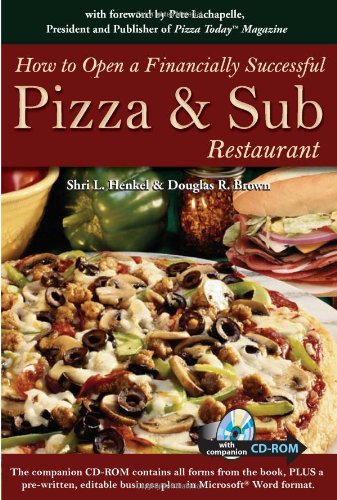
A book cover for How to Open a Financially Successful Pizza & Sub Restaurant; Shri L Henkel; Cookbooks, Food & Wine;